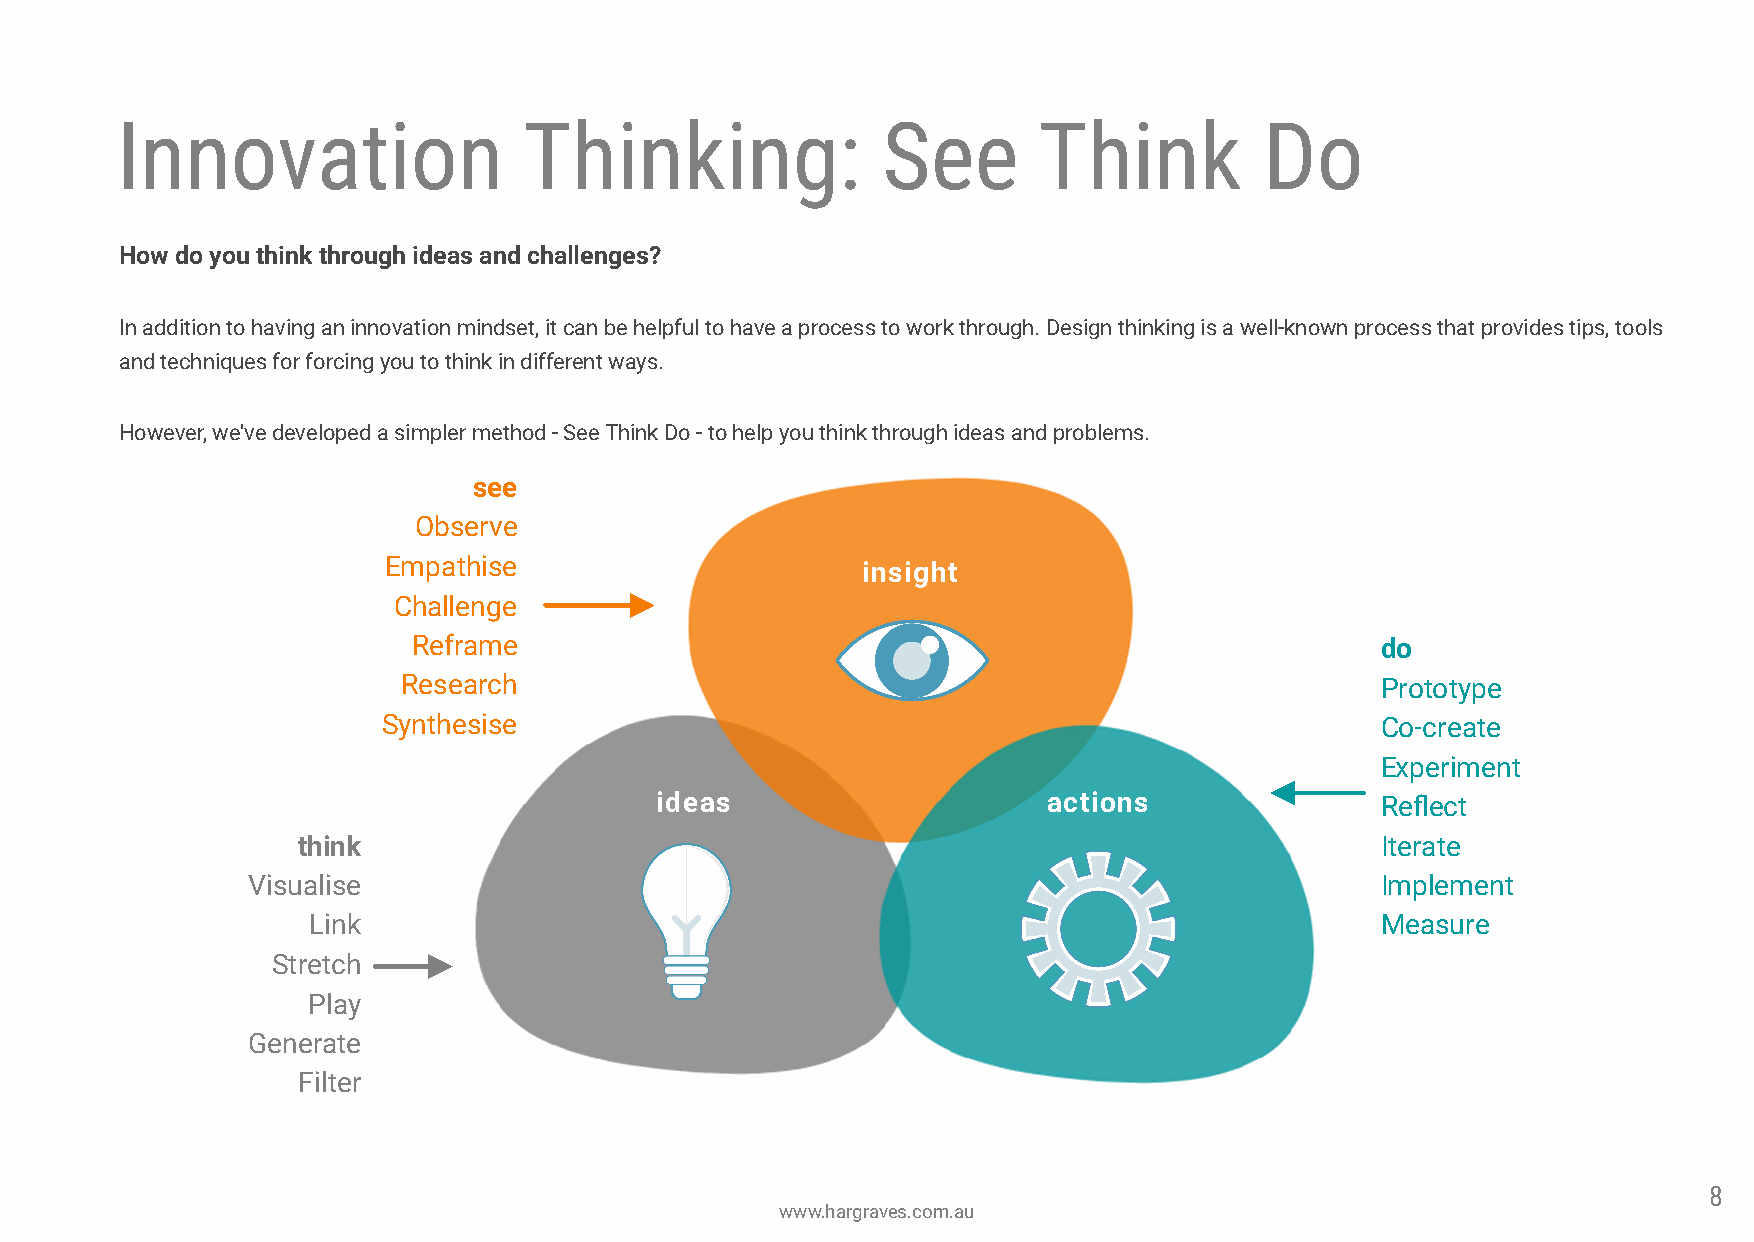
Innovation                 Thinking:              See        Think          Do
 How do you think through ideas and challenges?
 In addition to having an innovation mindset, it can be helpful to have a process to work through. Design thinking is a well-known process that provides tips, tools
 and techniques for forcing you to think in different ways.
 However, we've developed a simpler method - See Think Do - to help you think through ideas and problems.
 see
 Observe
 Empathise
 insight
 Challenge
 Reframe                                                         do
 Research                                                        Prototype
 Synthesise                                                        Co-create
 Experiment
 ideas                     actions               Reect
 think                                                                  Iterate
 Visualise                                                                  Implement
 Link                                                                   Measure
 Stretch
 Play
 Generate
 Filter
 8
 www.hargraves.com.au